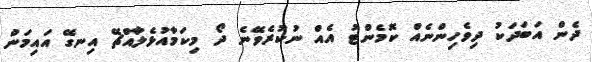
ދެން އަބަދަކު ދިވެހިންނެއް ކޮމެންޓު އެއް ނުކުރެވޭނެ ދޯ މިކަމާއުޅެލާއްޗޭ އިނގޭ އައިމަން